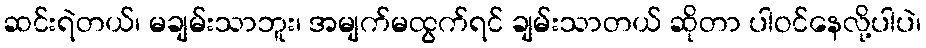
ဆင်းရဲတယ်၊ မချမ်းသာဘူး၊ အမျက်မထွက်ရင် ချမ်းသာတယ် ဆိုတာ ပါဝင်နေလို့ပါပဲ၊